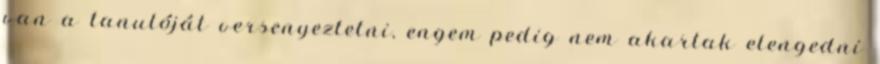
van a tanulóját versenyeztetni, engem pedig nem akartak elengedni